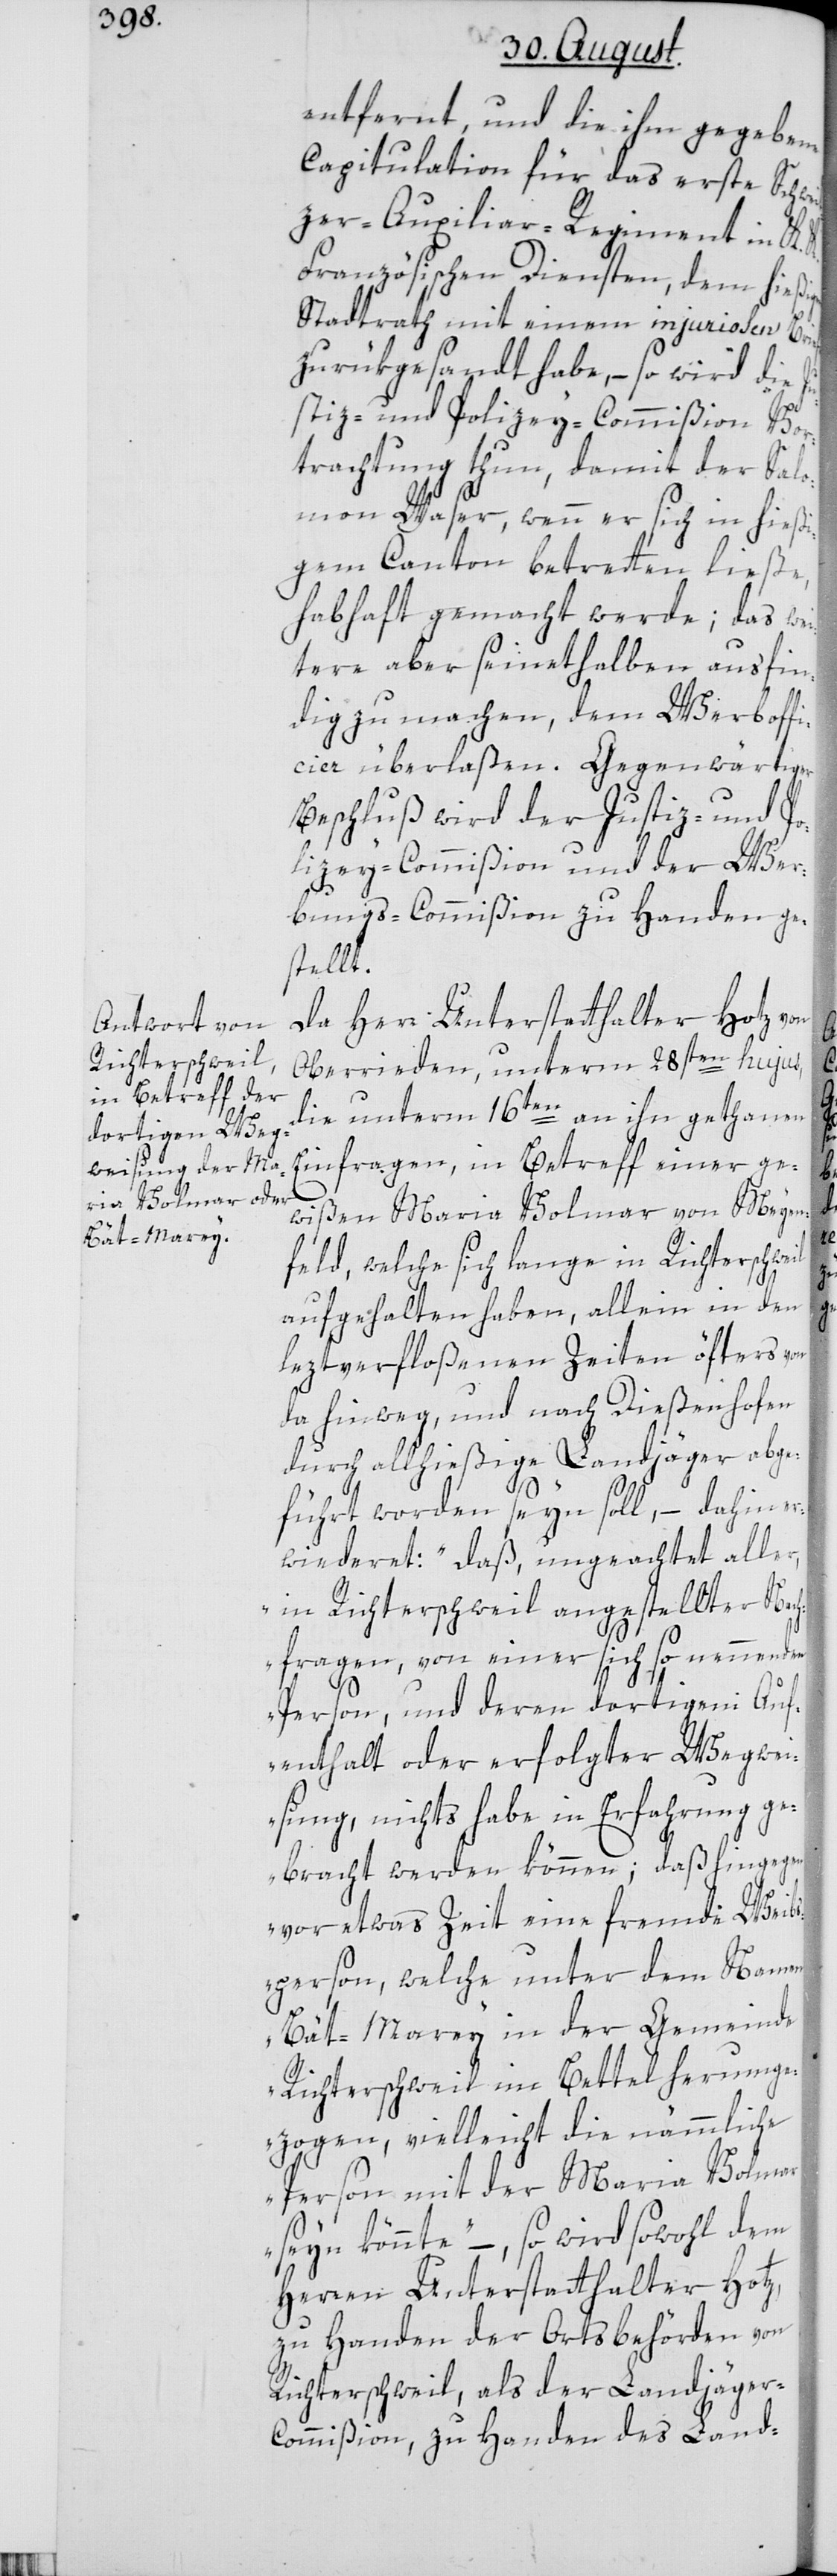
igen

entfernt, und die ihm gegebene
Capitulation für das erste Schwe¬
izer-Auxiliar-Regiment in K.
Französischen Diensten, dem hieß¬
Stadtrath mit einem injuriosen Brief
zurükgesandt habe, – so wird die Ju¬
stiz- und Polizey-Commißion Vor¬
trachtung thun, damit der Salo¬
mon Waser, wenn er sich in hießi¬
gem Canton betretten ließe,
habhaft gemacht werde; das wei¬
tere aber seinethalben ausfin¬
dig zu machen, dem Werboffi¬
cier überlaßen. Gegenwärtiger
Beschluß wird der Justiz- und Po¬
lizey-Commißion und der Wer¬
bungs-Commißion zu Handen ge¬
stellt.
Da Herr Unterstatthalter Hotz von
Oberrieden, unterm 28sten hujus,
die unterm 16ten an ihn gethanen
Einfragen, in Betreff einer ge¬
wißen Maria Volmar von Mayen¬
feld, welche sich lange in Richterschweil
aufgehalten haben, allein in den
leztverfloßnen Zeiten öfters von
da hinweg, und nach Dießenhofen
durch allhießige Landjäger abge¬
führt worden seyn soll, – dahin er¬
wiederet: „Daß, ungeachtet aller,
in Richterswil angestellter Nach¬
fragen, von einer sich so nennenden
Person, und deren dortigem Auf¬
enthalt oder erfolgter Wegwei¬
sung, nichts habe in Erfahrung ge¬
bracht werden können; daß hingegen
vor etwas Zeit eine fremde Weib¬
sperson, welche unter dem Namen
„Bät-Marey“ in der Gemeinde
Richterschweil im Bettel herumge¬
zogen, vielleicht die nämmliche
Person mit der Maria Volmar
seyn könnte“–, so wird sowohl dem
Herren Unterstatthalter Hotz,
zu Handen der Ortsbehörden von
Richterschweil, als der Landjäger-C¬
ommißion, zu Handen des Land-